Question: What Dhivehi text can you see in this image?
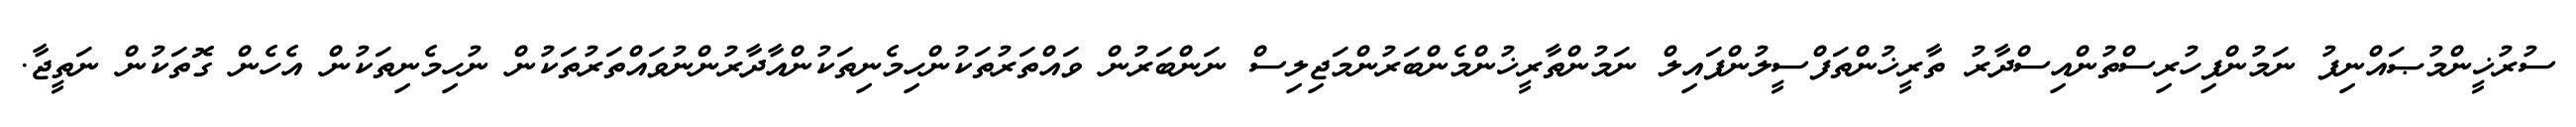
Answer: ސުރުޚީންމުޞައްނިފު ނަމުންފިހުރިސްތުންއިސްދާރު ތާރީޚުންތަފްސީލުންފައިލް ނަމުންތާރީޚުންމެންބަރުންމަޖިލިސް ނަންބަރުން ވައްތަރުތަކުންހިމެނިތަކުންއާދާރުންނުވައްތަރުތަކުން ނުހިމެނިތަކުން އެހެން ގޮތަކުން ނަތީޖާ.